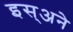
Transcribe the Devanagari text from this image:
इस्अने